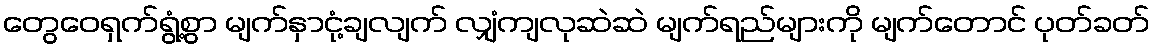
တွေဝေရှက်ရွံ့စွာ မျက်နှာငုံ့ချလျက် လျှံကျလုဆဲဆဲ မျက်ရည်များကို မျက်တောင် ပုတ်ခတ်